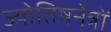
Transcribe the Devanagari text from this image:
ज्योतिषनेत्रों